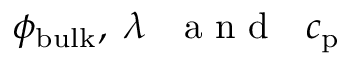
\phi _ { \mathrm { b u l k } } , ~ \lambda \mathrm { ~ ~ ~ a ~ n ~ d ~ ~ ~ } c _ { \mathrm { p } }